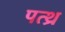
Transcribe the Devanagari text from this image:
पत्थ्र